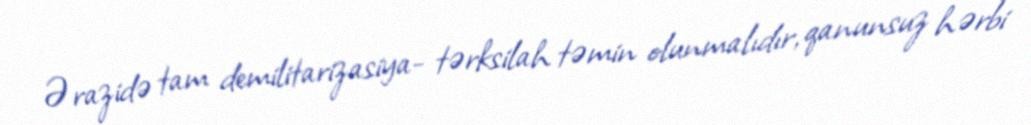
Ərazidə tam demilitarizasiya- tərksilah təmin olunmalıdır, qanunsuz hərbi